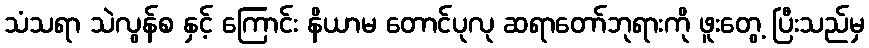
သံသရာ သဲလွန်စ နှင့် ကြောင်း နိယာမ တောင်ပုလု ဆရာတော်ဘုရားကို ဖူးတွေ့ ပြီးသည်မှ